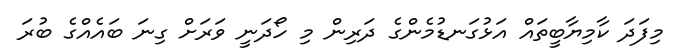
މިފަދަ ކާމިޔާބީތައް އަޅުގަނޑުމެންގެ ދަރިން މި ހޯދަނީ ވަރަށް ގިނަ ބައެއްގެ ބުރަ